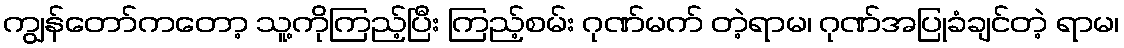
ကျွန်တော်ကတော့ သူ့ကိုကြည့်ပြီး ကြည့်စမ်း ဂုဏ်မက် တဲ့ရာမ၊ ဂုဏ်အပြုခံချင်တဲ့ ရာမ၊